On kala azar, malaria and malarial cachexia - Number 19
Disease focus: Malaria
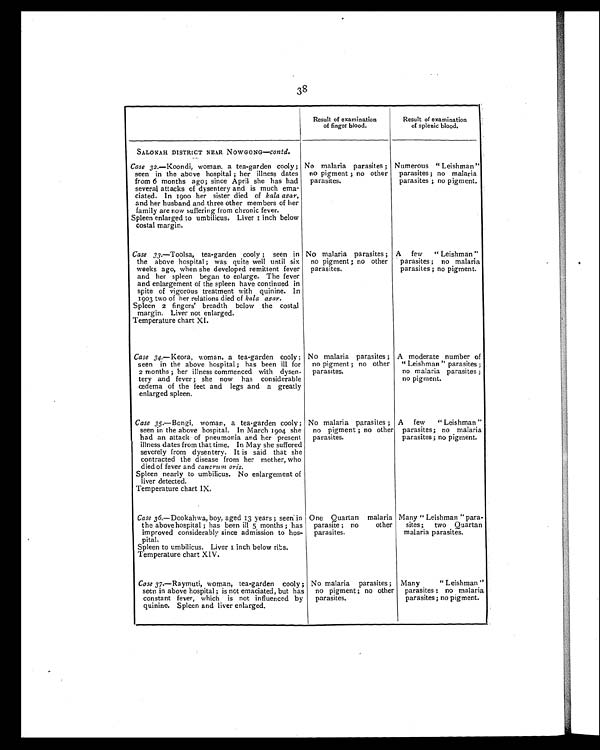
38
Result of examination
of finger blood.
Result of examination
of splenic blood.
SALONAH DISTRICT NEAR NOWGONG—contd.
Case 32.—Koondi, woman, a tea-garden cooly ;
seen in the above hospital ; her illness dates
from 6 months ago; since April she has had
several attacks of dysentery and is much ema-
ciated. In 1900 her sister died of kala azar,
and her husband and three other members of her
family are now suffering from chronic fever.
Spleen enlarged to umbilicus. Liver I inch below
costal margin.
No malaria parasites ;
no pigment ; no other
parasites.
Numerous " Leishman "
parasites ; no malaria
parasites ; no pigment.
Case 33.—Toolsa, tea-garden cooly ; seen in
the above
hospital ; was quite well until six
weeks ago, when she developed remittent fever
and her spleen began to enlarge. The fever
and enlargement of the spleen have continued in
spite of vigorous treatment with quinine. In
1903 two of her relations died of kala azar.
Spleen 2 fingers' breadth below the costal
margin. Liver not enlarged.
Temperature chart Xl.
No malaria parasites ;
no pigment ; no other
parasites.
A few " Leishman "
parasites ; no malaria
parasites ; no pigment.
Case 34.—Keora, woman, a tea-garden cooly ;
seen in the above hospital ; has been ill for
2 months ; her illness commenced with dysen.
tery and fever ; she now has considerable
œdema of the feet and legs and a greatly
enlarged spleen.
No malaria parasites ;
no pigment ; no other
parasites.
A moderate number of
" Leishman " parasites ;
no malaria parasites ;
no pigment.
Case 35.—Bongi, woman, a tea-garden cooly ;
seen in the above hospital. In March 1904 she
had an attack of pneumonia and her present
illness dates from that time. In May she suffered
severely from dysentery. It is said that she
contracted the disease from her mother, who
died of fever and cancrum oris.
Spleen nearly to umbilicus. No enlargement of
liver detected.
Temperature chart IX.
No malaria parasites ;
no pigment ; no other
parasites.
A few " Leishman "
parasites ; no malaria
parasites ; no pigment.
Case 36.—Dookahwa, boy, aged 13 years ; seen in
the above hospital ; has been ill 5 months ; has
improved considerably since admission to hos-
pital.
Spleen to umbilicus. Liver 1 inch below ribs.
Temperature chart XIV.
One Quartan malaria
parasite ; no other
parasites.
Many " Leishman " para-
sites ; two Quartan
malaria parasites.
Case 37.—Raymuti, woman, tea-garden cooly ;
seen in above hospital ; is nct emaciated, but has
constant fever, which is not influenced by
quinine. Spleen and liver enlarged.
No malaria parasites ;
no pigment ; no other
parasites.
Many " Leishman "
parasites : no malaria
parasites; no pigment.